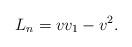
LaTeX: \begin{align*}L_n=vv_1-v^2.\end{align*}